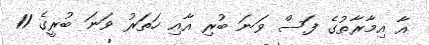
އާ އިމާރާތުގެ ފަސް ވަނަ ބުރި އާއި ހަތަރު ވަނަ ބުރީގެ 11